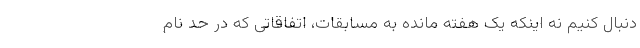
دنبال کنیم نه اینکه یک هفته مانده به مسابقات، اتفاقاتی که در حد نام